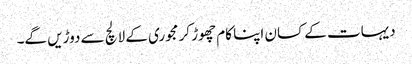
دیہات کے کسان اپنا کام چھوڑ کر مجوری کے لالچ سے دوڑیں گے۔